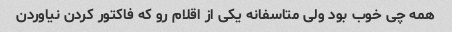
همه چی خوب بود ولی متاسفانه یکی از اقلام رو که فاکتور کردن نیاوردن